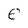
Character: e